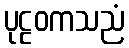
ပုဠဝကသညံ